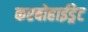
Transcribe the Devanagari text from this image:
करबोहाईड्रेट